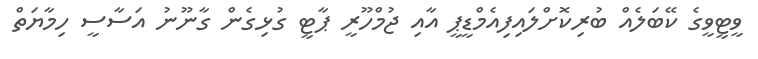
ވީޓީވީގެ ކޭބަލެއް ބުރިކޮށްލައިފިއެމްޑީޕީ އާއި ޖުމްހޫރީ ޕާޓީ ގުޅިގެން ގާނޫނު އަސާސީ ހިމާޔަތް